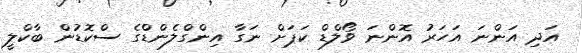
އަދި އަންނަ އަހަރު އޮންނަ ވޯލްޑް ކަޕަށް ނަގާ އިންގްލެންޑްގެ ސްކޮޑުން ބާކްލީ